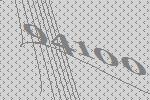
94100